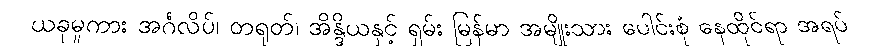
ယခုမူကား အင်္ဂလိပ်၊ တရုတ်၊ အိန္ဒိယနှင့် ရှမ်း မြန်မာ အမျိုးသား ပေါင်းစုံ နေထိုင်ရာ အရပ်